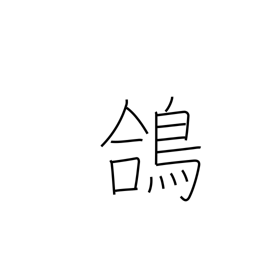
Meaning: temple pigeon